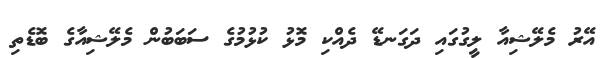
އޭރު މެލޭޝިއާ ލީގުގައި ދަގަނޑޭ ދެއްކި މޮޅު ކުޅުމުގެ ސަބަބުން މެލޭޝިއާގެ ބޮޑެތި